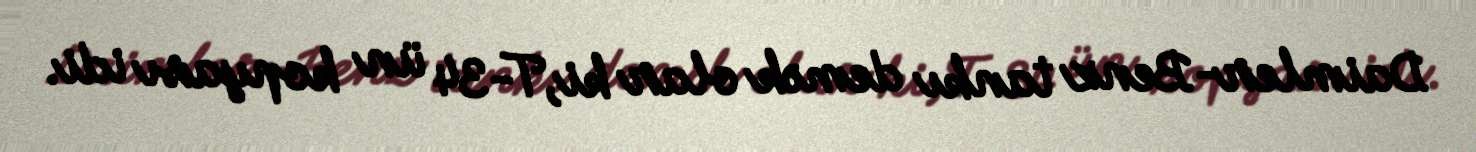
Daimler-Benz tankı demək olar ki,T-34 ün kopyası idi.